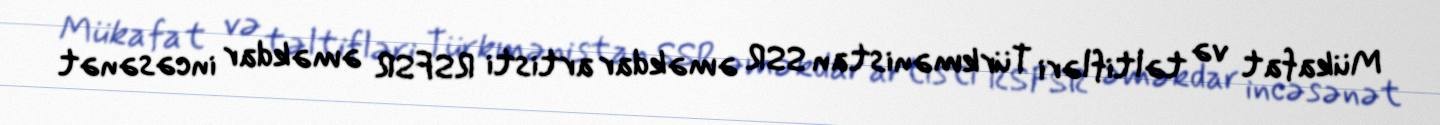
Mükafat və təltifləri Türkmənistan SSR əməkdar artisti RSFSR əməkdar incəsənət